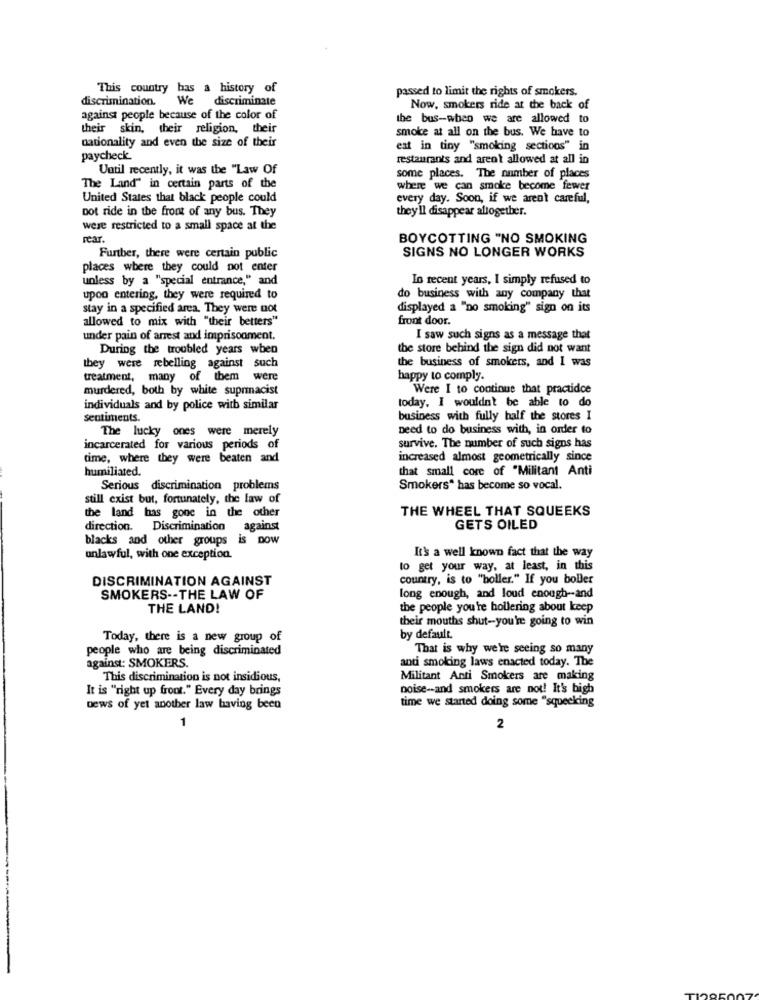
This country has a history of
passed to limit the rights of smokers.
discrimination.
We
discriminate
Now, smokers ride at the back of
against people because of the color of
the bus-when we are allowed to
their skin, their religion, their
smoke at all on the bus. We have to
nationality and even the size of their
eat in tiny "smoking sections" in
paycheck
restaurants and aren't allowed at all in
Until recently, it was the "Law Of
some places. The number of places
The Land" in certain parts of the
where we can smoke become fewer
United States that black people could
every day. Soon, if we arent careful,
Dot ride in the front of any bus. They
they'll disappear altogether.
were restricted to a small space at the
rear
BOYCOTTING "NO SMOKING
Furtber, there were certain public
SIGNS NO LONGER WORKS
places where they could not enter
unless by a "special entrance," and
In recent years, I simply refused to
upon entering, they were required to
do business with any company that
stay in a specified area. They were not
displayed a "no smoking" sign on its
allowed to mix with "their betters"
front door.
under pain of arrest and imprisonment.
I saw such signs as a message that
During the troubled years when
the store behind the sign did not want
they were rebelling against such
the business of smokers, and I was
treatment, many of them were
happy to comply.
murdered, both by white suprmacist
Were I to continue that practidce
individuals and by police with similar
today. I wouldn't be able to do
sentiments.
business with fully half the stores I
The lucky ones were merely
need to do business with, in order to
incarcerated for various periods of
survive. The number of such signs has
time, where they were beaten and
increased almost geometrically since
humiliated.
that small core of "Militant Anti
Serious discrimination problems
Smokers" has become so vocal.
still exist but, fortunately, the law of
THE WHEEL THAT SQUEEKS
the land has gone in the other
direction. Discrimination against
GETS OILED
blacks and other groups is Dow
It's a well known fact that the way
unlawful, with one exception.
to get your way, at least, in this
DISCRIMINATION AGAINST
country, is to "boller." If you boller
SMOKERS -- THE LAW OF
long enough, and loud enough -- and
THE LAND!
the people you're hollering about keep
their mouths shut-you're going to win
Today, there is a new group of
by default.
people who are being discriminated
That is why we're seeing so many
anti smoking laws enacted today. The
against: SMOKERS.
This discrimination is not insidious,
Militant Anti Smokers are making
It is "right up front." Every day brings
poise -- and smokers are not! It's bigh
time we started doing some "squeeking
news of yet another law having been
2